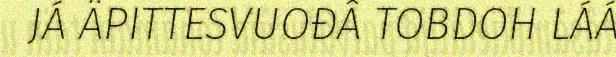
JÁ ÄPITTESVUOĐÂ TOBDOH LÁÁ